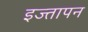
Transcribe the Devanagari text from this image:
इज्तापन